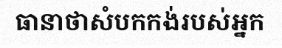
ធានាថាសំបកកង់របស់អ្នក